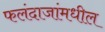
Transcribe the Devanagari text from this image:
फलंदाजांमधील